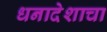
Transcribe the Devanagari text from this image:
धनादेशाचा